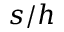
s / h